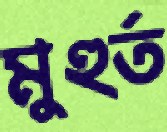
মুহুর্ত